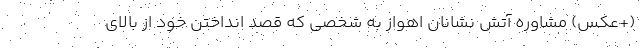
(+عکس) مشاوره آتش نشانان اهواز به شخصی که قصد انداختن خود از بالای